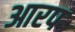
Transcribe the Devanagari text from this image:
आरप